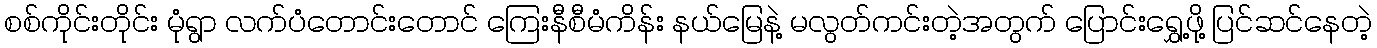
စစ်ကိုင်းတိုင်း မုံရွာ လက်ပံတောင်းတောင် ကြေးနီစီမံကိန်း နယ်မြေနဲ့ မလွတ်ကင်းတဲ့အတွက် ပြောင်းရွှေ့ဖို့ ပြင်ဆင်နေတဲ့